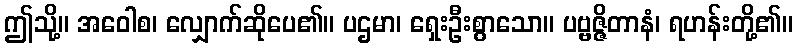
ဤသို့။ အဝေါစ၊ လျှောက်ဆိုပေ၏။ ပဌမာ၊ ရှေးဦးစွာသော။ ပဗ္ဗဇ္ဇိတာနံ၊ ရဟန်းတို့၏။